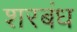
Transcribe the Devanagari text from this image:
शरबंध